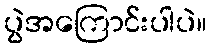
ပွဲအကြောင်းပါပဲ။